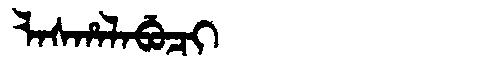
Manchu: ᠯᠠᠰᡥᠠᠯᠠᠪᡠᠴᡳ
Romanization: LASHALABUCI